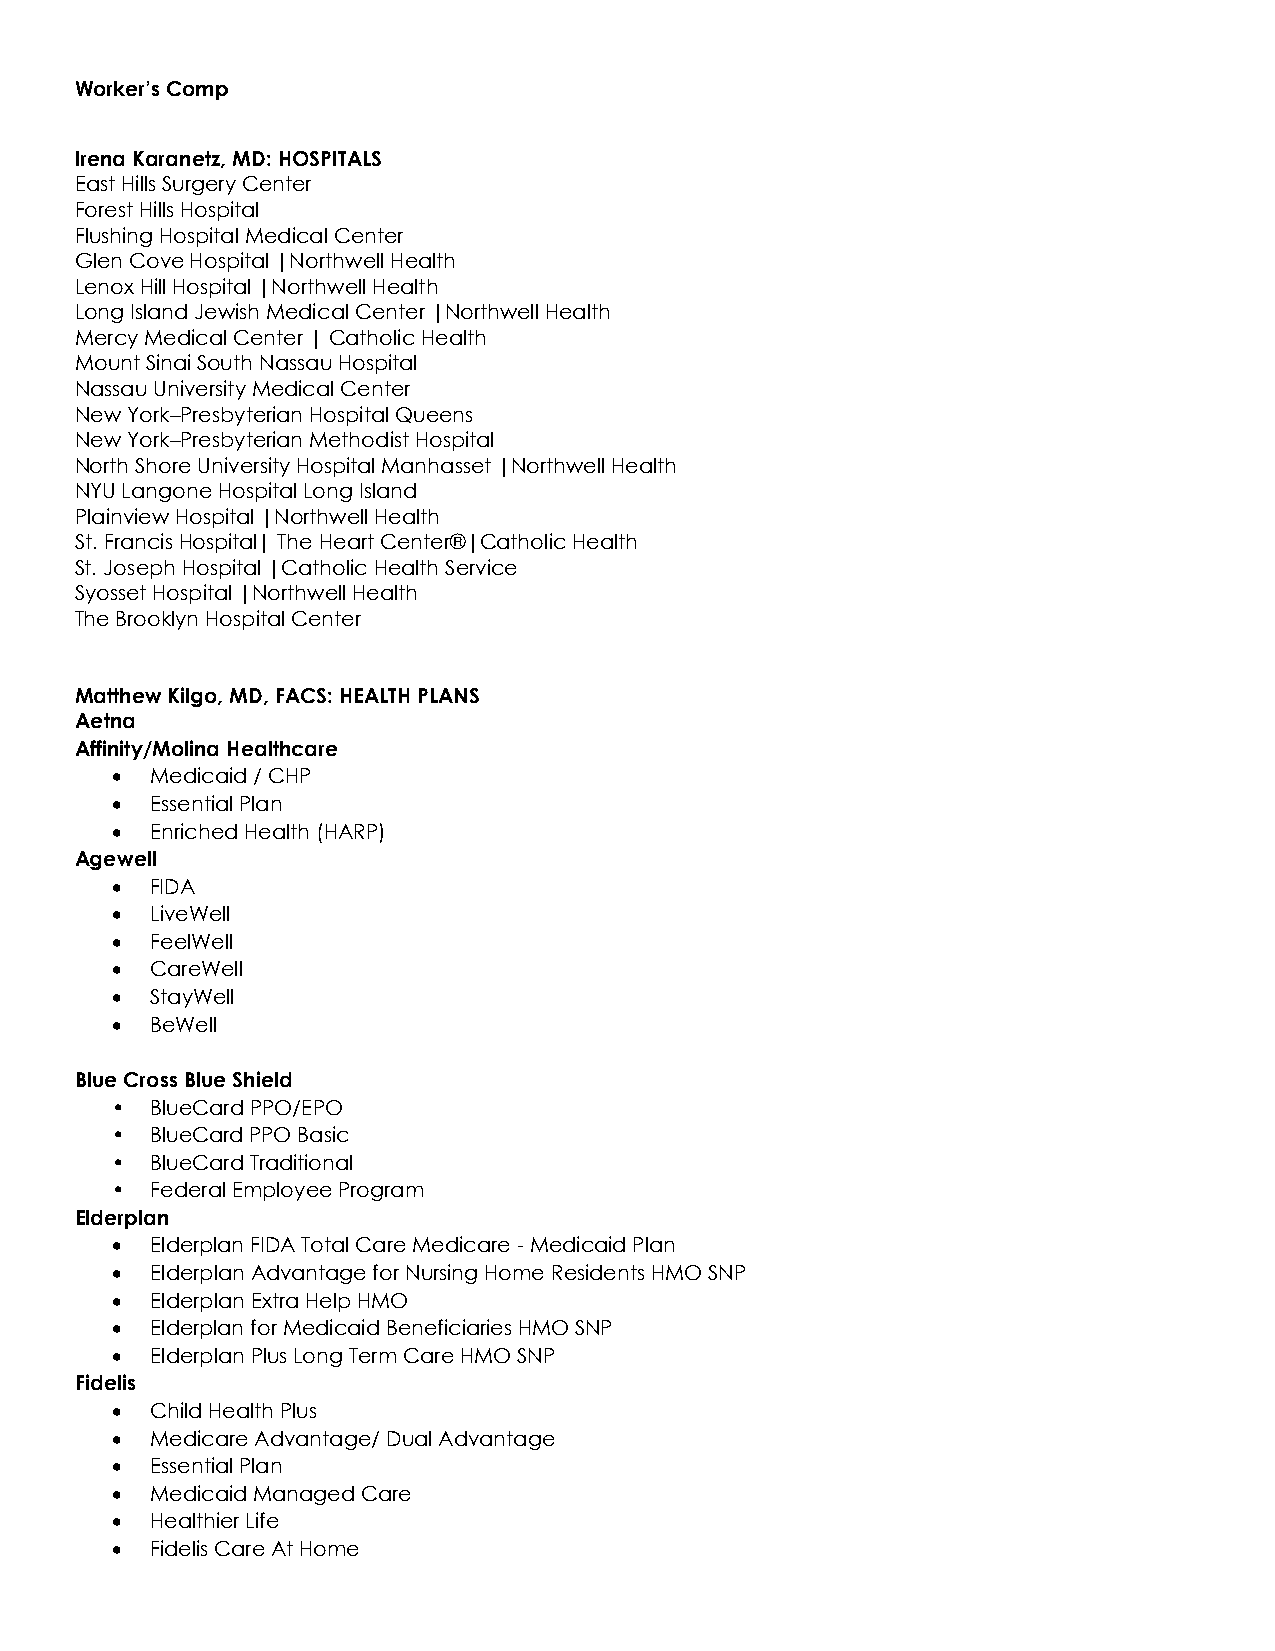
Worker’s Comp
 Irena Karanetz, MD: HOSPITALS
 East Hills Surgery Center
 Forest Hills Hospital
 Flushing Hospital Medical Center
 Glen Cove Hospital |Northwell Health
 Lenox Hill Hospital |Northwell Health
 Long Island Jewish Medical Center |Northwell Health
 Mercy Medical Center | Catholic Health
 Mount Sinai South Nassau Hospital
 Nassau University Medical Center
 New York–Presbyterian Hospital Queens
 New York–Presbyterian Methodist Hospital
 North Shore University Hospital Manhasset |Northwell Health
 NYU Langone Hospital Long Island
 Plainview Hospital |Northwell Health
 St. Francis Hospital| The Heart Center®|Catholic Health
 St. Joseph Hospital |Catholic Health Service
 Syosset Hospital |Northwell Health
 The Brooklyn Hospital Center
 Matthew Kilgo, MD, FACS: HEALTH PLANS
 Aetna
 Affinity/Molina Healthcare
 •  Medicaid / CHP
 •  Essential Plan
 •  Enriched Health (HARP)
 Agewell
 •  FIDA
 •  LiveWell
 •  FeelWell
 •  CareWell
 •  StayWell
 •  BeWell
 Blue Cross Blue Shield
 •  BlueCard PPO/EPO
 •  BlueCard PPO Basic
 •  BlueCard Traditional
 •  Federal Employee Program
 Elderplan
 •  Elderplan FIDA Total Care Medicare - Medicaid Plan
 •  Elderplan Advantage for Nursing Home Residents HMO SNP
 •  Elderplan Extra Help HMO
 •  Elderplan for Medicaid Beneficiaries HMO SNP
 •  Elderplan Plus Long Term Care HMO SNP
 Fidelis
 •  Child Health Plus
 •  Medicare Advantage/ Dual Advantage
 •  Essential Plan
 •  Medicaid Managed Care
 •  Healthier Life
 •  Fidelis Care At Home